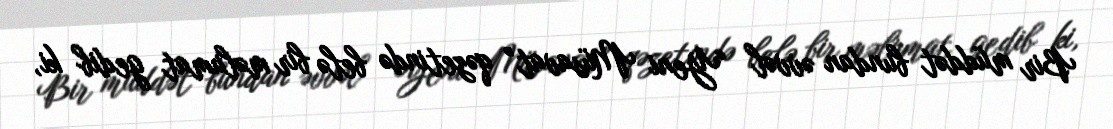
Bir müddət bundan əvvəl “Yeni Müsavat” qəzetində belə bir məlumat gedib ki,